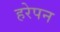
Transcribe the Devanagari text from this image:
हरेपन